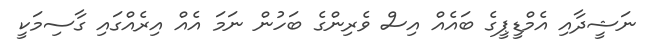
ނަޝީދާއި އެމްޑީޕީގެ ބައެއް އިސް ވެރިންގެ ބަހުން ނަމަ އެއް އިރެއްގައި ގާސިމަކީ